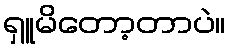
ရှူမိတော့တာပဲ။